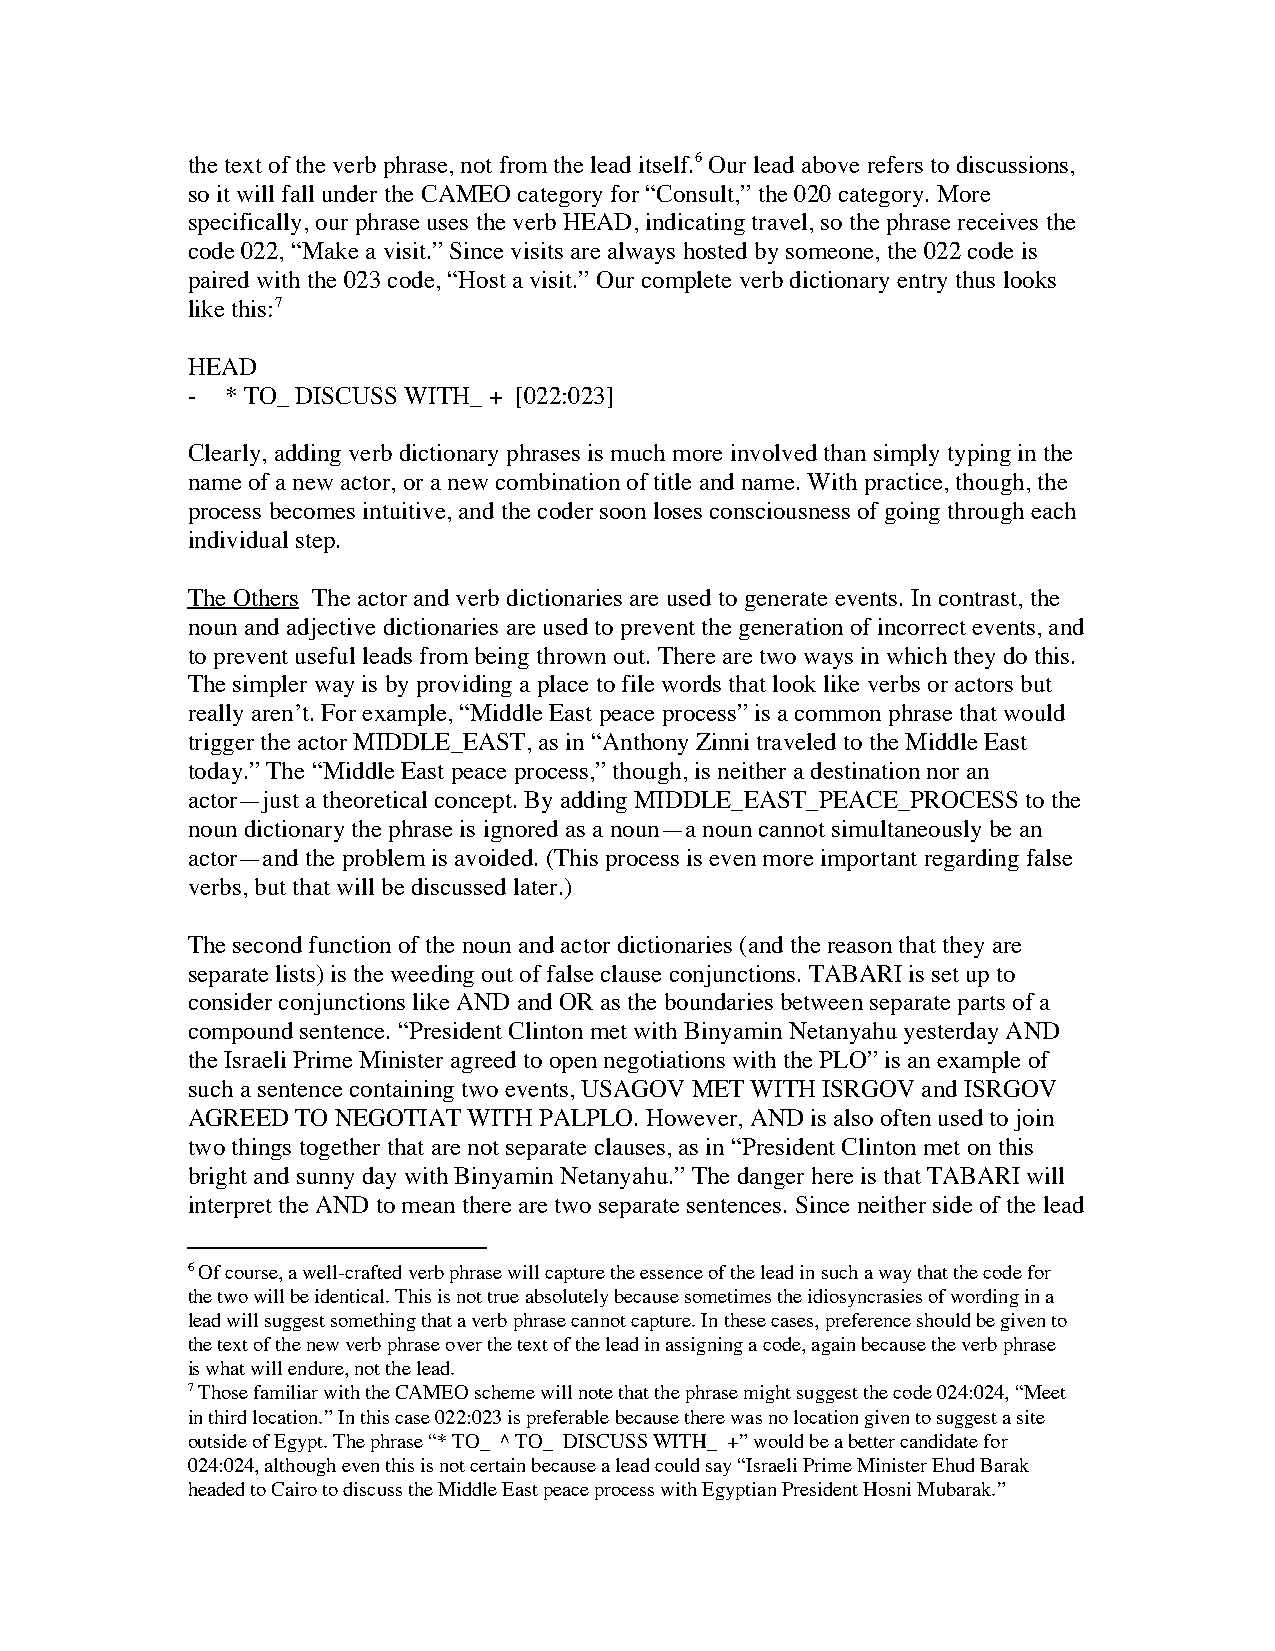
the text of the verb phrase, not from the lead itself.6 Our lead above refers to discussions,
 so it will fall under the CAMEO category for “Consult,” the 020 category. More
 specifically, our phrase uses the verb HEAD, indicating travel, so the phrase receives the
 code 022, “Make a visit.” Since visits are always hosted by someone, the 022 code is
 paired with the 023 code, “Host a visit.” Our complete verb dictionary entry thus looks
 like this:7
 HEAD
 -  * TO_ DISCUSS WITH_ + [022:023]
 Clearly, adding verb dictionary phrases is much more involved than simply typing in the
 name of a new actor, or a new combination of title and name. With practice, though, the
 process becomes intuitive, and the coder soon loses consciousness of going through each
 individual step.
 The Others The actor and verb dictionaries are used to generate events. In contrast, the
 noun and adjective dictionaries are used to prevent the generation of incorrect events, and
 to prevent useful leads from being thrown out. There are two ways in which they do this.
 The simpler way is by providing a place to file words that look like verbs or actors but
 really aren’t. For example, “Middle East peace process” is a common phrase that would
 trigger the actor MIDDLE_EAST, as in “Anthony Zinni traveled to the Middle East
 today.” The “Middle East peace process,” though, is neither a destination nor an
 actor—just a theoretical concept. By adding MIDDLE_EAST_PEACE_PROCESS to the
 noun dictionary the phrase is ignored as a noun—a noun cannot simultaneously be an
 actor—and the problem is avoided. (This process is even more important regarding false
 verbs, but that will be discussed later.)
 The second function of the noun and actor dictionaries (and the reason that they are
 separate lists) is the weeding out of false clause conjunctions. TABARI is set up to
 consider conjunctions like AND and OR as the boundaries between separate parts of a
 compound sentence. “President Clinton met with Binyamin Netanyahu yesterday AND
 the Israeli Prime Minister agreed to open negotiations with the PLO” is an example of
 such a sentence containing two events, USAGOV MET WITH ISRGOV and ISRGOV
 AGREED  TO NEGOTIAT WITH PALPLO. However, AND is also often used to join
 two things together that are not separate clauses, as in “President Clinton met on this
 bright and sunny day with Binyamin Netanyahu.” The danger here is that TABARI will
 interpret the AND to mean there are two separate sentences. Since neither side of the lead
 6 Of course, a well-crafted verb phrase will capture the essence of the lead in such a way that the code for
 the two will be identical. This is not true absolutely because sometimes the idiosyncrasies of wording in a
 lead will suggest something that a verb phrase cannot capture. In these cases, preference should be given to
 the text of the new verb phrase over the text of the lead in assigning a code, again because the verb phrase
 is what will endure, not the lead.
 7 Those familiar with the CAMEO scheme will note that the phrase might suggest the code 024:024, “Meet
 in third location.” In this case 022:023 is preferable because there was no location given to suggest a site
 outside of Egypt. The phrase “* TO_ ^ TO_ DISCUSS WITH_ +” would be a better candidate for
 024:024, although even this is not certain because a lead could say “Israeli Prime Minister Ehud Barak
 headed to Cairo to discuss the Middle East peace process with Egyptian President Hosni Mubarak.”